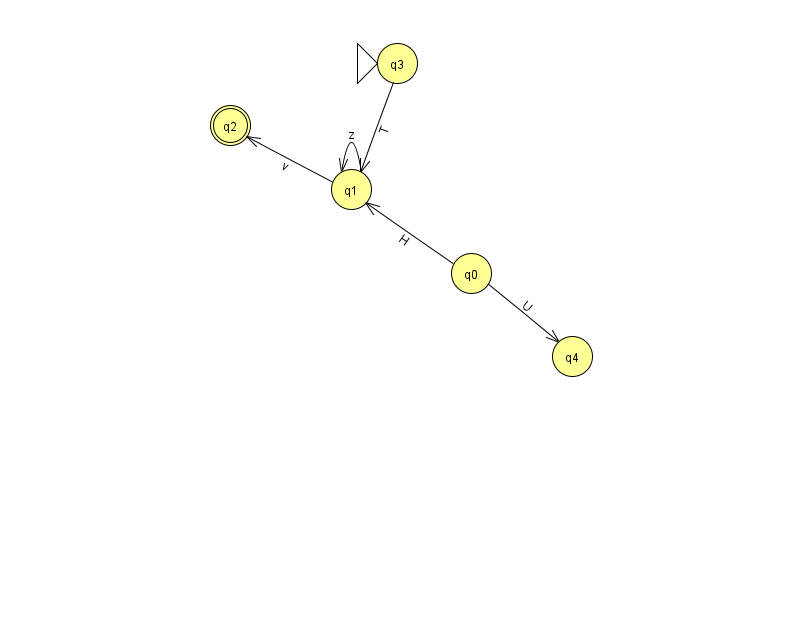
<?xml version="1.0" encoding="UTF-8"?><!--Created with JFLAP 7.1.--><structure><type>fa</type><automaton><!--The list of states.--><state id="0" name="q0"><x>471.0</x><y>260.0</y></state><state id="1" name="q1"><x>351.0</x><y>176.0</y></state><state id="2" name="q2"><x>230.0</x><y>112.0</y><final/></state><state id="3" name="q3"><x>397.0</x><y>50.0</y><initial/></state><state id="4" name="q4"><x>572.0</x><y>343.0</y></state><!--The list of transitions.--><transition><from>3</from><to>1</to><read>T</read></transition><transition><from>1</from><to>2</to><read>v</read></transition><transition><from>0</from><to>4</to><read>U</read></transition><transition><from>1</from><to>1</to><read>z</read></transition><transition><from>0</from><to>1</to><read>H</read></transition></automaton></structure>